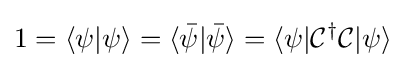
1=\langle \psi |\psi \rangle =\langle {\bar {\psi }}|{\bar {\psi }}\rangle =\langle \psi |{\mathcal {C}}^{\dagger }{\mathcal {C}}|\psi \rangle